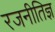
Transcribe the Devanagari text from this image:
रजनीतिज्ञ